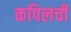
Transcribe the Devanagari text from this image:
कपिलची